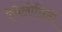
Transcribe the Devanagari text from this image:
ट्रेवेलोसिटी